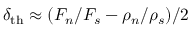
\delta _ { \mathrm { t h } } \approx ( F _ { n } / F _ { s } - \rho _ { n } / \rho _ { s } ) / 2